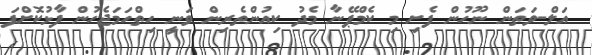
އަލް-ވަތަން ނޫހުން ފެށި މި ކެމްޕޭނާ މެދު ކިއުންތެރިން ވަނީ ހިތްހަމަޖެހުން ފާޅުކޮށްފަ